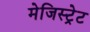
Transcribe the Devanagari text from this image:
मेजिस्ट्रेट